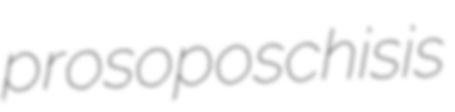
prosoposchisis